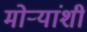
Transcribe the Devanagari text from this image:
मोर्‍यांशी